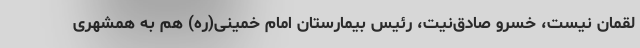
لقمان نیست، خسرو صادق‌نیت، رئیس بیمارستان امام خمینی‌(ره) هم به همشهری